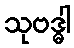
သုဗဒ္ဓါ